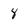
Character: 8